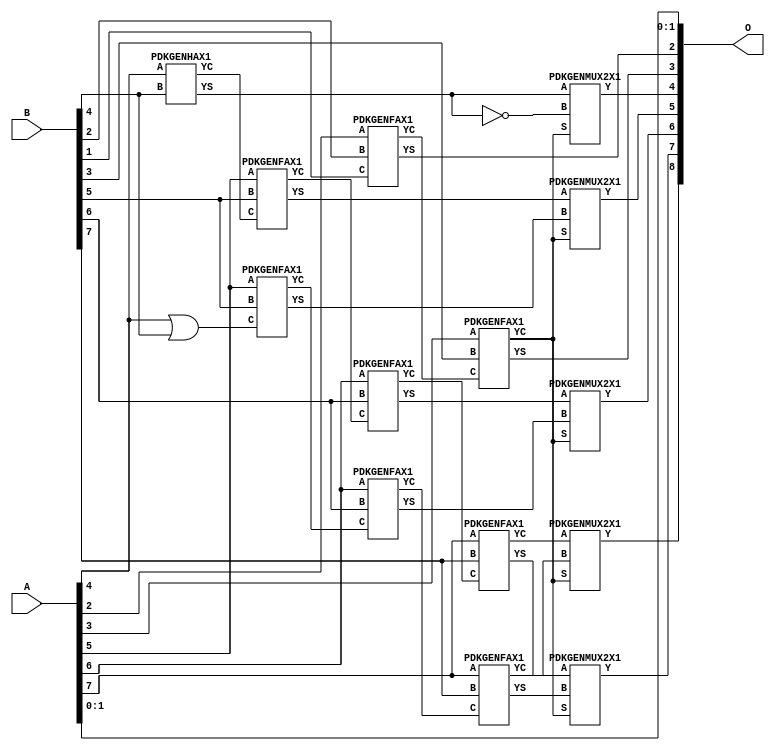
/***
* This code is a part of EvoApproxLib library (ehw.fit.vutbr.cz/approxlib) distributed under The MIT License.
* When used, please cite the following article(s): PRABAKARAN B. S., MRAZEK V., VASICEK Z., SEKANINA L., SHAFIQUE M. ApproxFPGAs: Embracing ASIC-based Approximate Arithmetic Components for FPGA-Based Systems. DAC 2020. 
***/
// MAE% = 0.20 %
// MAE = 1.0 
// WCE% = 0.39 %
// WCE = 2.0 
// WCRE% = 100.00 %
// EP% = 75.00 %
// MRE% = 0.54 %
// MSE = 1.5 
// FPGA_POWER = 0.35
// FPGA_DELAY = 6.9
// FPGA_LUT = 8.0

module add8u_174(A, B, O);
  input [7:0] A, B;
  output [8:0] O;
  wire n_410, n_23, n_22, n_21, n_20, n_27, n_26, n_25, n_24, n_262;
  wire n_29, n_28, n_263, n_389, n_388, n_284, n_285, n_200, n_326, n_368;
  wire n_369, n_347, n_346, n_8, n_9, n_304, n_4, n_5, n_6, n_7;
  wire n_0, n_1, n_2, n_3, n_30, n_31, n_117, n_18, n_19, n_16;
  wire n_17, n_14, n_15, n_12, n_13, n_10, n_11, n_158, n_159, n_94;
  wire n_95, n_74, n_75, n_178, n_179, n_156, n_136, n_137, n_305, n_116;
  assign n_0 = A[0];
  assign n_1 = A[0];
  assign n_2 = A[1];
  assign n_3 = A[1];
  assign n_4 = A[2];
  assign n_5 = A[2];
  assign n_6 = A[3];
  assign n_7 = A[3];
  assign n_8 = A[4];
  assign n_9 = A[4];
  assign n_10 = A[5];
  assign n_11 = A[5];
  assign n_12 = A[6];
  assign n_13 = A[6];
  assign n_14 = A[7];
  assign n_15 = A[7];
  assign n_16 = B[0];
  assign n_17 = B[0];
  assign n_18 = B[1];
  assign n_19 = B[1];
  assign n_20 = B[2];
  assign n_21 = B[2];
  assign n_22 = B[3];
  assign n_23 = B[3];
  assign n_24 = B[4];
  assign n_25 = B[4];
  assign n_26 = B[5];
  assign n_27 = B[5];
  assign n_28 = B[6];
  assign n_29 = B[6];
  assign n_30 = B[7];
  assign n_31 = B[7];
  PDKGENFAX1 tmp43(.YS(n_74), .YC(n_75), .A(n_4), .B(n_20), .C(n_18));
  PDKGENFAX1 tmp44(.YS(n_94), .YC(n_95), .A(n_6), .B(n_22), .C(n_75));
  PDKGENHAX1 tmp45(.YS(n_116), .YC(n_117), .A(n_8), .B(n_24));
  PDKGENFAX1 tmp46(.YS(n_136), .YC(n_137), .A(n_10), .B(n_26), .C(n_117));
  assign n_156 = ~n_116;
  PDKGENFAX1 tmp48(.YS(n_158), .YC(n_159), .A(n_12), .B(n_28), .C(n_137));
  PDKGENFAX1 tmp49(.YS(n_178), .YC(n_179), .A(n_14), .B(n_30), .C(n_159));
  assign n_200 = n_8 | n_24;
  PDKGENFAX1 tmp51(.YS(n_262), .YC(n_263), .A(n_10), .B(n_26), .C(n_200));
  PDKGENFAX1 tmp52(.YS(n_284), .YC(n_285), .A(n_12), .B(n_28), .C(n_263));
  PDKGENFAX1 tmp53(.YS(n_304), .YC(n_305), .A(n_14), .B(n_30), .C(n_285));
  PDKGENMUX2X1 tmp54(.Y(n_326), .A(n_116), .B(n_156), .S(n_95));
  PDKGENMUX2X1 tmp55(.Y(n_346), .A(n_136), .B(n_262), .S(n_95));
  assign n_347 = n_346;
  PDKGENMUX2X1 tmp57(.Y(n_368), .A(n_158), .B(n_284), .S(n_95));
  assign n_369 = n_368;
  PDKGENMUX2X1 tmp59(.Y(n_388), .A(n_178), .B(n_304), .S(n_95));
  assign n_389 = n_388;
  PDKGENMUX2X1 tmp61(.Y(n_410), .A(n_179), .B(n_305), .S(n_95));
  assign O[0] = n_0;
  assign O[1] = n_2;
  assign O[2] = n_74;
  assign O[3] = n_94;
  assign O[4] = n_326;
  assign O[5] = n_347;
  assign O[6] = n_369;
  assign O[7] = n_389;
  assign O[8] = n_410;
endmodule

/* mod */
module PDKGENFAX1( input A, input B, input C, output YS, output YC );
    assign YS = (A ^ B) ^ C;
    assign YC = (A & B) | (B & C) | (A & C);
endmodule
/* mod */
module PDKGENMUX2X1( input A, input B, input S, output Y );
    assign Y = (A & ~S) | (B & S);
endmodule
/* mod */
module PDKGENHAX1( input A, input B, output YS, output YC );
    assign YS = A ^ B;
    assign YC = A & B;
endmodule